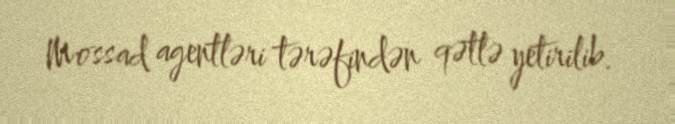
Mossad agentləri tərəfindən qətlə yetirilib.